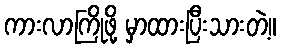
ကားလာကြိုဖို့ မှာထားပြီးသားတဲ့။